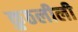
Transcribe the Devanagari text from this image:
कुठलीली